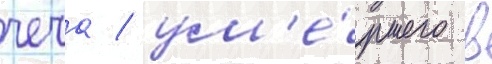
чеча / ум'е́ршего в